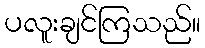
ပလူးချင်ကြသည်။